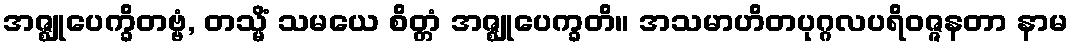
အဇ္ဈုပေက္ခိတဗ္ဗံ, တသ္မိံ သမယေ စိတ္တံ အဇ္ဈုပေက္ခတိ။ အသမာဟိတပုဂ္ဂလပရိဝဇ္ဇနတာ နာမ